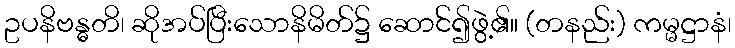
ဥပနိဗန္ဓတိ၊ ဆိုအပ်ပြီးသောနိမိတ်၌ ဆောင်၍ဖွဲ့၏။ (တနည်း) ကမ္မဋ္ဌာနံ၊